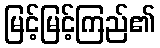
မြင့်မြင့်ကြည်၏